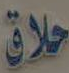
حلاق